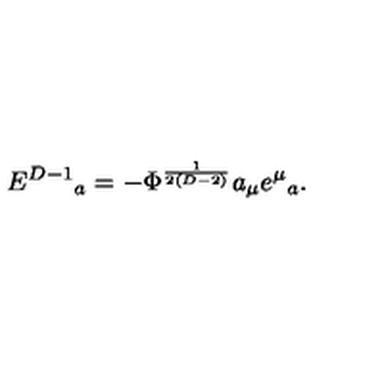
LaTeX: E ^ { D - 1 } { } _ { a } = - \Phi ^ { \frac { 1 } { 2 ( D - 2 ) } } a _ { \mu } e ^ { \mu } { } _ { a } .